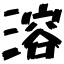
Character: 溶